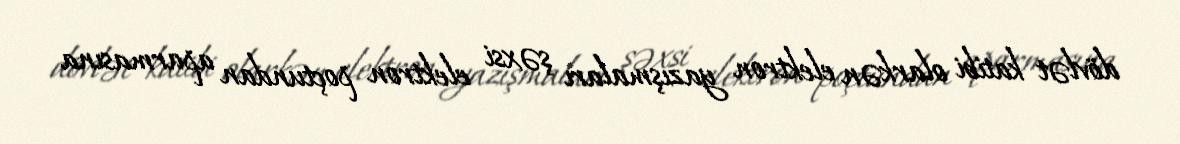
dövlət katibi olarkən elektron yazışmaları şəxsi elektron poçtundan aparmasına